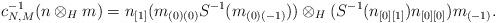
LaTeX: \begin{align*} c^{-1}_{N,M}(n\otimes_Hm)=n_{[1]}(m_{(0)(0)}S^{-1}(m_{(0)(-1)}))\otimes_H(S^{-1}(n_{[0][1]})n_{[0][0]})m_{(-1)}.\end{align*}